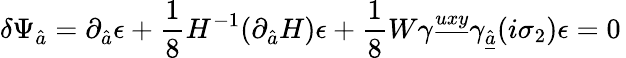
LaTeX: \delta\Psi_{\hat{a}}=\partial_{\hat{a}}\epsilon+{\frac{1}{8}}H^{-1}(\partial_{\hat{a}}H)\epsilon+{\frac{1}{8}}W\gamma^{\underline{{{uxy}}}}\gamma_{\underline{{{\hat{a}}}}}(i\sigma_{2})\epsilon=0\,